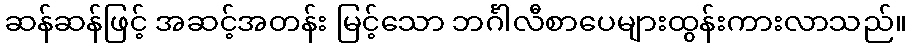
ဆန်ဆန်ဖြင့် အဆင့်အတန်း မြင့်သော ဘင်္ဂါလီစာပေများထွန်းကားလာသည်။